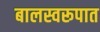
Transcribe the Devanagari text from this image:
बालस्वरूपात